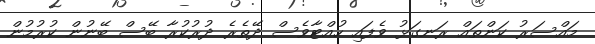
މައްސަރު ކަންތައް ރަނގަޅު ވެފައި ހުއްޓާވެސް ދޭތެރެ ދުރުކުރާ ބޭސް ބޭނުން ކުރުމުން